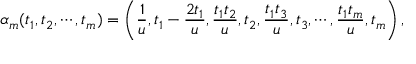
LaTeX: \alpha _ { m } ( t _ { 1 } , t _ { 2 } , \cdots , t _ { m } ) = \left( { \frac { 1 } { u } } , t _ { 1 } - { \frac { 2 t _ { 1 } } { u } } , { \frac { t _ { 1 } t _ { 2 } } { u } } , t _ { 2 } , { \frac { t _ { 1 } t _ { 3 } } { u } } , t _ { 3 } , \cdots , { \frac { t _ { 1 } t _ { m } } { u } } , t _ { m } \right) ,